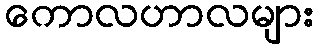
ကောလဟာလများ